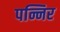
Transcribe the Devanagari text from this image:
पन्निर